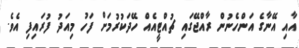
އާއި އޭނާގެ އަންހެނުން ރާއްޖޭގައި ޗުއްޓީއެއް ހޭދަކުރުމަށް ފަހު މިއަދު ފުރައިފި އެވެ.